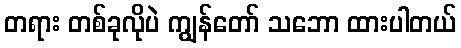
တရား တစ်ခုလိုပဲ ကျွန်တော် သဘော ထားပါတယ်